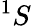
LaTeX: ^1S